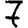
Digit: 7